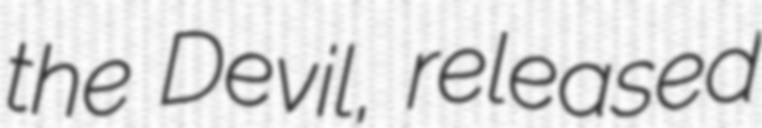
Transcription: the Devil, released